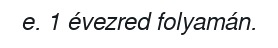
e. 1 évezred folyamán.